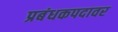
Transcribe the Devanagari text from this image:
प्रबंधकपदावर